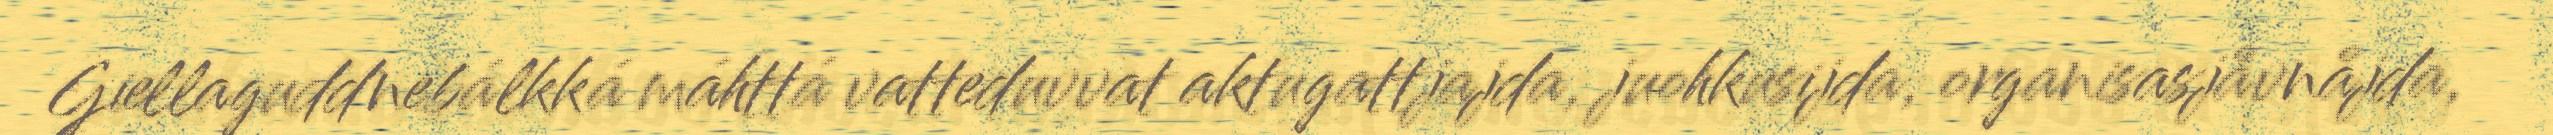
Giellaguddnebálkká máhttá vatteduvvat aktugattjajda, juohkusijda, organisasjåvnåjda,